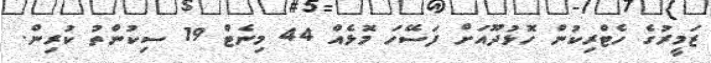
ޒަމީރުގެ ހެޓްރިކުން ހޮޅުދޫއަށް ފަސޭހަ މޮޅެއް 44 މިނެޓް 19 ސިކުންތު ކުރިން.